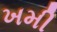
ખમી